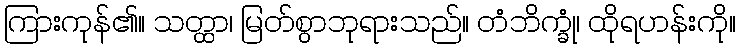
ကြားကုန်၏။ သတ္ထာ၊ မြတ်စွာဘုရားသည်။ တံဘိက္ခုံ၊ ထိုရဟန်းကို။